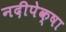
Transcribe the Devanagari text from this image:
नदीपेक्षा